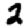
Digit: 2